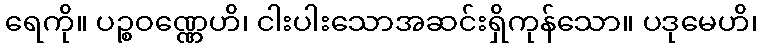
ရေကို။ ပဉ္စဝဏ္ဏေဟိ၊ ငါးပါးသောအဆင်းရှိကုန်သော။ ပဒုမေဟိ၊